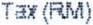
TAX(RM)